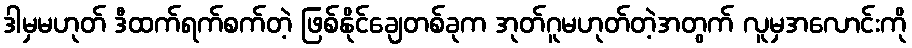
ဒါမှမဟုတ် ဒီထက်ရက်စက်တဲ့ ဖြစ်နိုင်ချေတစ်ခုက အုတ်ဂူမဟုတ်တဲ့အတွက် လူမှအလောင်းကို